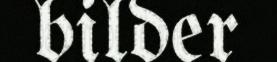
bilder